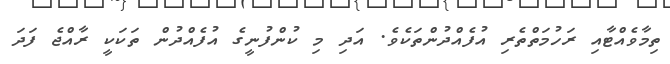
ތިމާވެއްޓާއި ރަހުމަތްތެރި އުފެއްދުންތަކެވެ. އަދި މި ކުންފުނީގެ އުފެއްދުން ތަކަކީ ރާއްޖެ ފަދަ